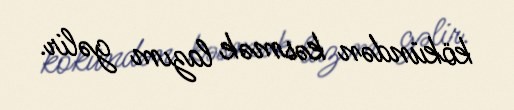
kökündən kəsmək lazım gəlir.